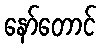
နော်တောင်